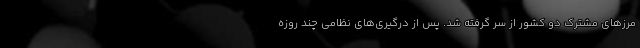
مرزهای مشترک دو کشور از سر گرفته شد. پس از درگیری‌های نظامی چند روزه